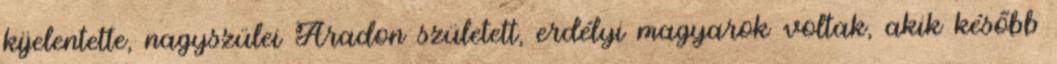
kijelentette, nagyszülei Aradon született, erdélyi magyarok voltak, akik később